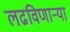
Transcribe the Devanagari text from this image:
लढविणाऱ्या